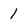
Character: 1